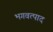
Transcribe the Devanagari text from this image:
भगवत्पाद